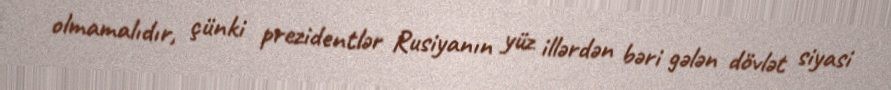
olmamalıdır, çünki prezidentlər Rusiyanın yüz illərdən bəri gələn dövlət siyasi